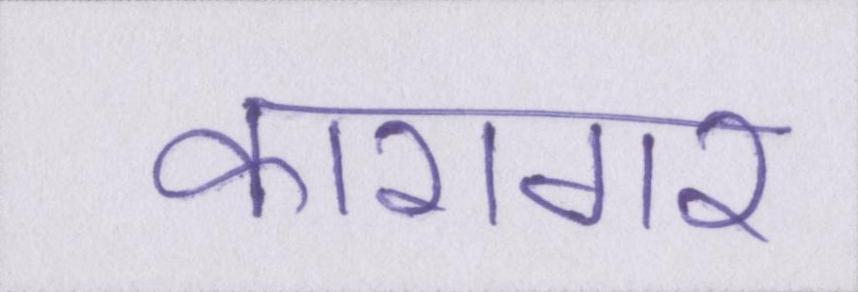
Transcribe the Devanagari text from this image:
कारागर